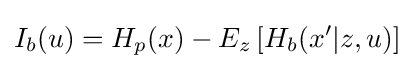
I_{b}(u)=H_{p}(x)-E_{z}\left[H_{b}(x'|z,u)\right]